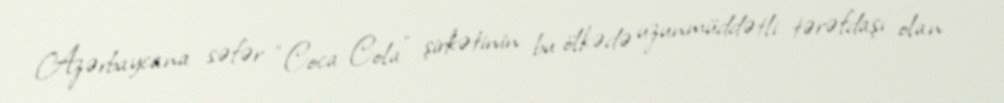
Azərbaycana səfər “Coca-Cola” şirkətinin bu ölkədə uzunmüddətli tərəfdaşı olan